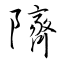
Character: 隮